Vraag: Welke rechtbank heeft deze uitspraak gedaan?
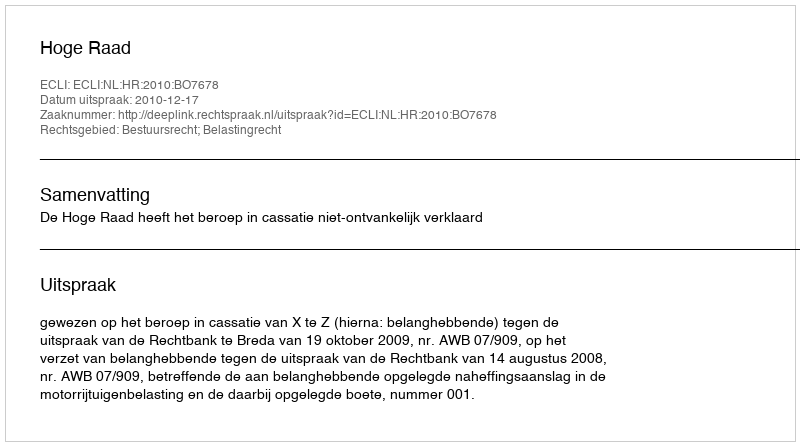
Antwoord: Hoge Raad